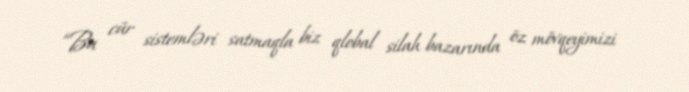
“Bu cür sistemləri satmaqla biz qlobal silah bazarında öz mövqeyimizi